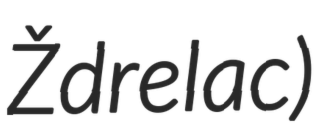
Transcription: Ždrelac)